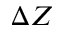
\Delta Z